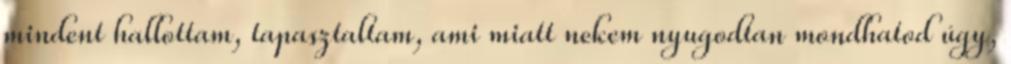
mindent hallottam, tapasztaltam, ami miatt nekem nyugodtan mondhatod úgy,